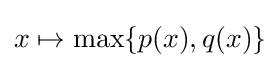
x\mapsto \max\{p(x),q(x)\}